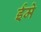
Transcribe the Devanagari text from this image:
ईमे